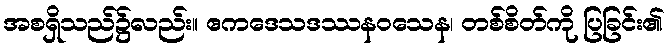
အစရှိသည်၌လည်း။ ဧကဒေသဒဿနဝသေန၊ တစ်စိတ်ကို ပြခြင်း၏